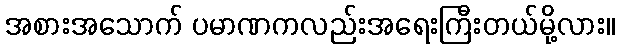
အစားအသောက် ပမာဏကလည်းအရေးကြီးတယ်မို့လား။